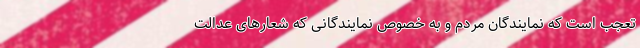
تعجب است که نمایندگان مردم و به خصوص نمایندگانی که شعارهای عدالت‌